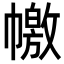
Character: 𢅎